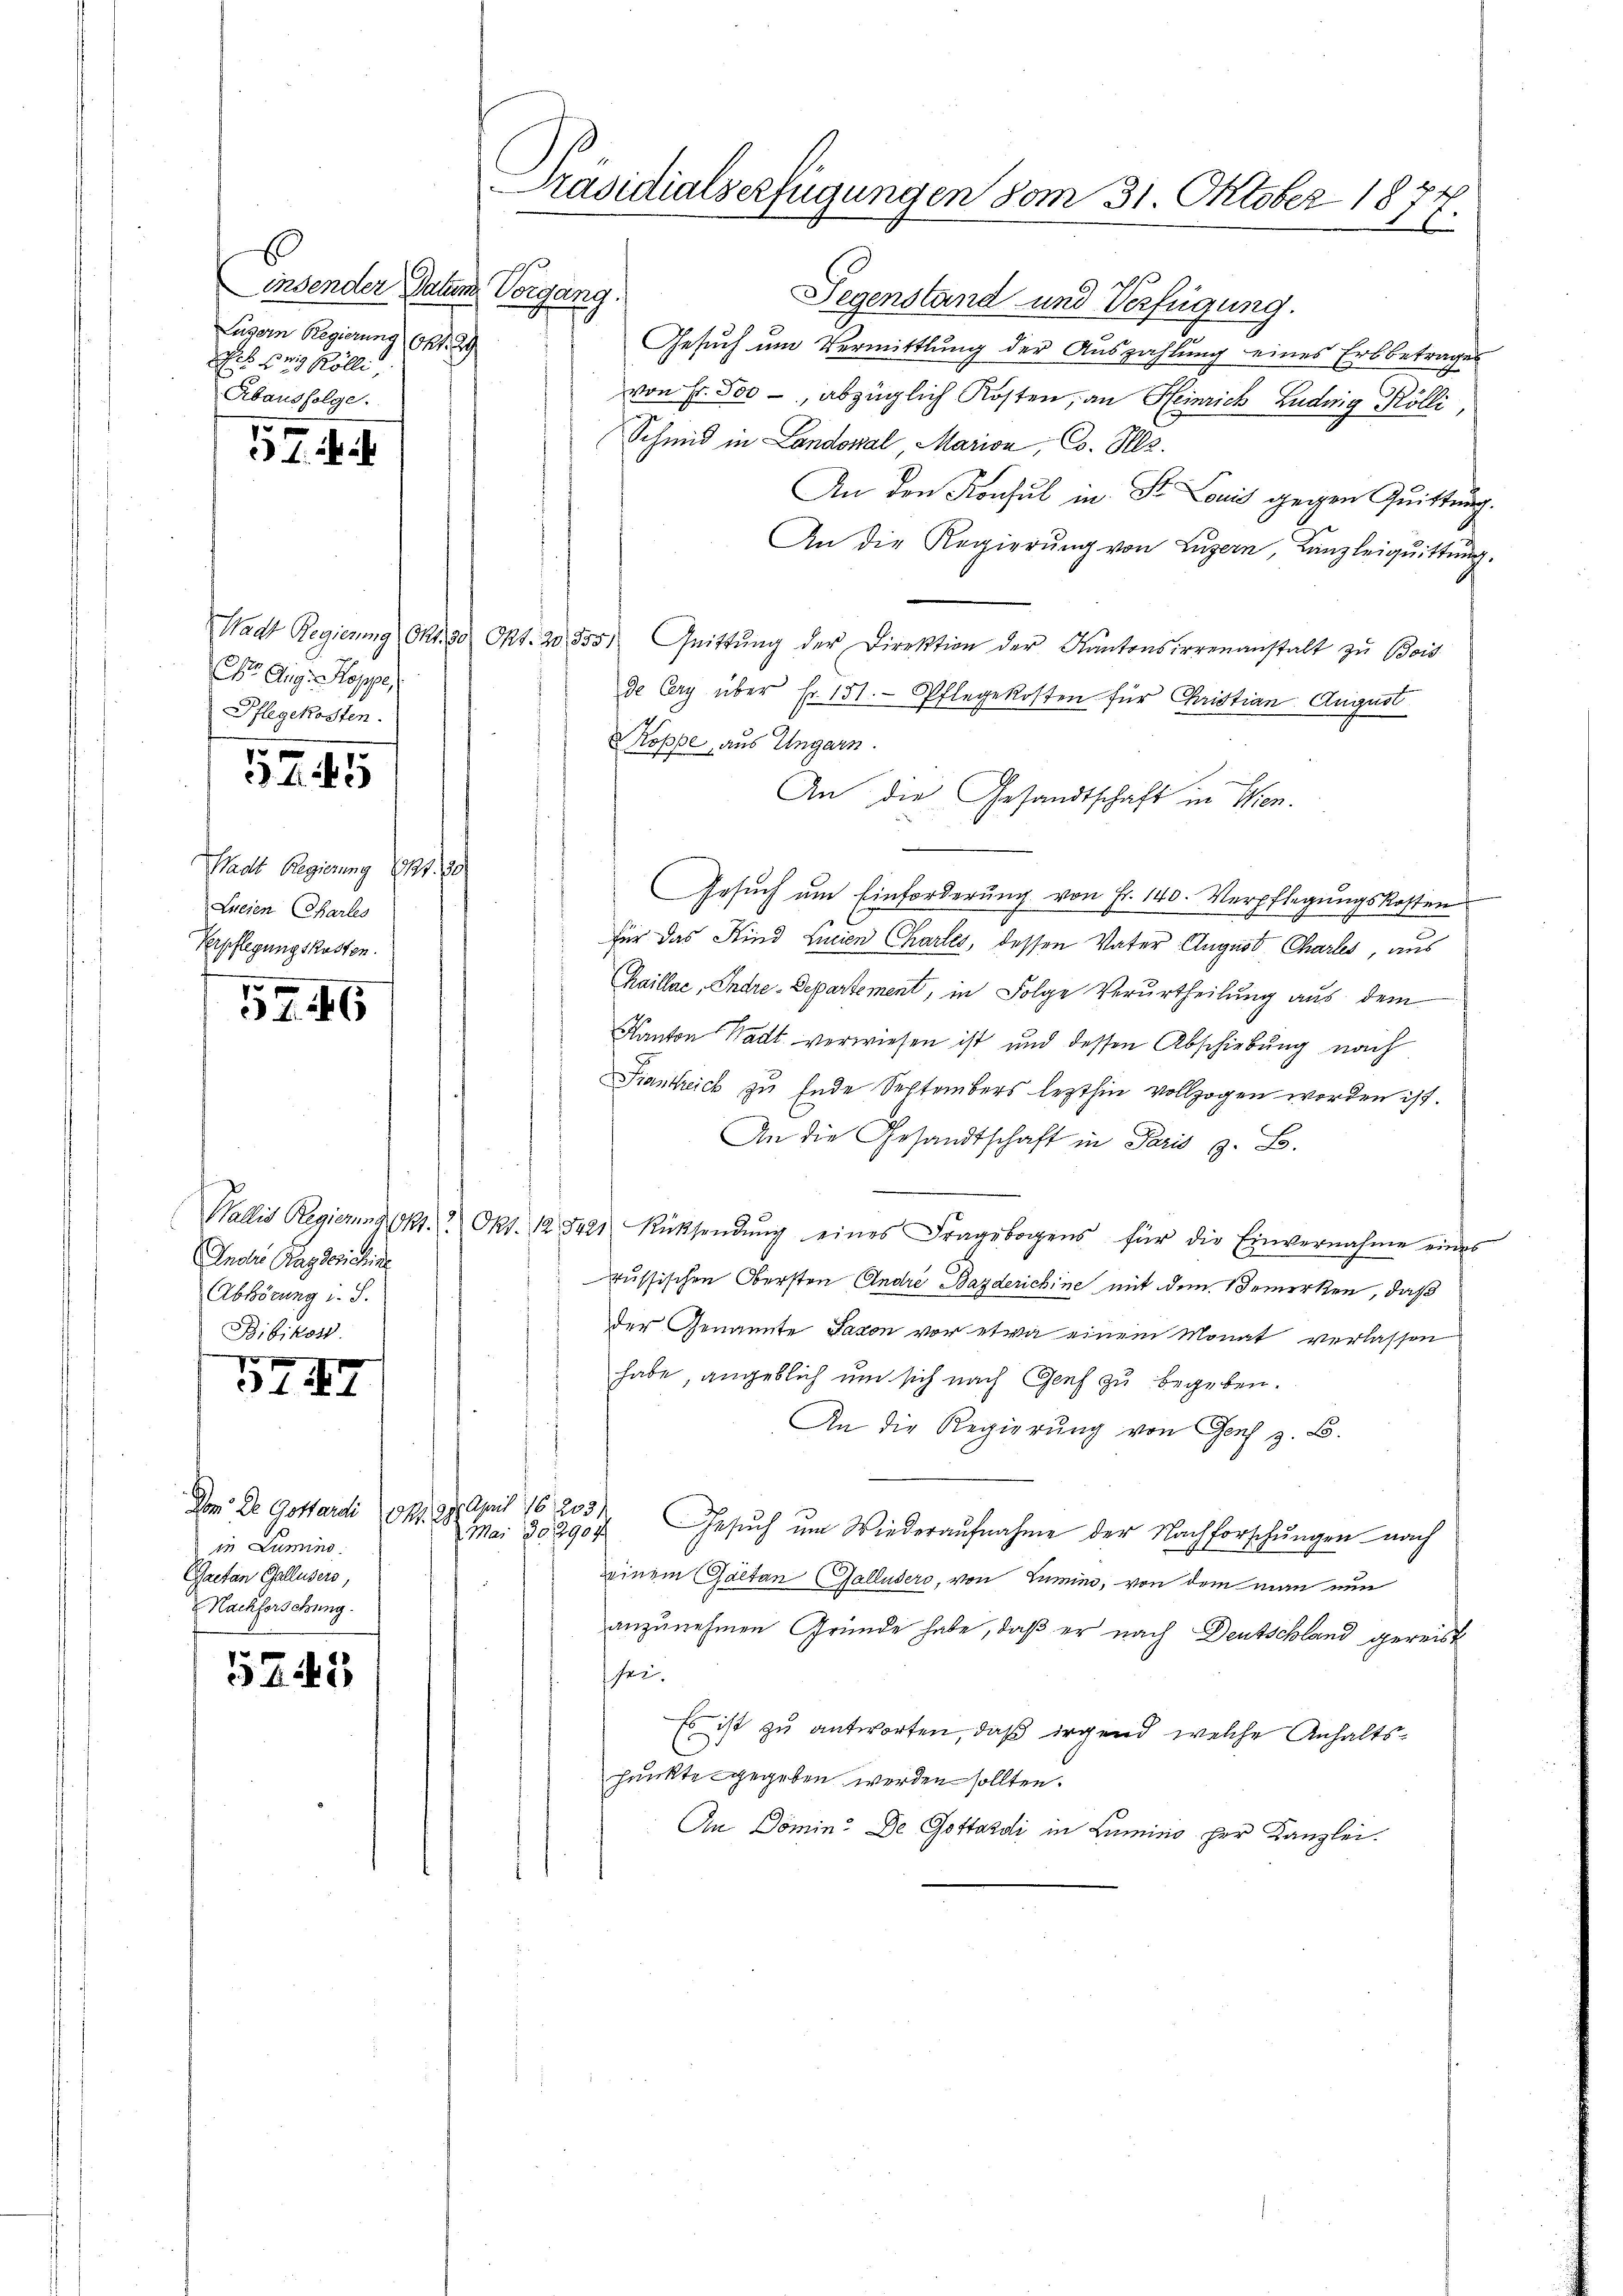
E
insender Datum Vorgang.
Luzern Regierung Okt. 2
ches Bey Kölli,
Abausfolge.

157.

Chr. Aig. Rappe
Pflegekosten.
Wadt Regierung 191. 30
Lneien Charles
Verpflegungskosten.

1744

5246

Wallis Regierung (11.
Andere Prag derichine
Abhörung i. S.
Bibikon.
e

5147

Dem Dr. Gottardi Okt. 2.
in Lumins.
Gaetan Gallusers,
Nachforschung.

5245

Präsidialserfügungen vom 31. Oktober 1874
6

Gegenstand und Verfügung.
Gesuch um Vermittlung der Auszahlung eines Erbbetrages
von Fr. 500 -, abzüglich Kosten, an Heinrich Ludwig Kölli,
Schmid in Landonal, Marion, Co. Ill.
An den Konsul in St. Louis gegen Quittung.
An die Regierung von Luzern, Kanzleiquittung.
Wadt Regierung Okt. 30 Okt. 20. 555. Quittŭng der Direktion der Kantonsirrenanstalt zŭ Bois
de Cery über Fr. 151. Pflegekosten für Christian August
Koppe, aus Ungarn.
An die Gesandtschaft in Wien.
Gesuch am Einforderung von Fr. 140. Verpflegungskosten
für das Kind Linien Chartes, dessen Vater August Charles, aus
Chaillae, Chare-Departement, in Folge Verurtheilung aus dem
Kanton Stadt verwiesen ist und dessen Abschiebung nach
Fiantreich zu Ende Septembers lezthin vollzogen worden ist.
An die Gesandtschaft in Paris z. B.
Okt. 12. 8421
Rücksendŭng eines Fragebogens für die Einvernahme eines
russischen Obersten André Bazderichine mit dem Bemerken, daß
der Genannte Jacon vor etwa einem Monat verlassen
habe, angeblich um sich nach Genf zu begeben.
An die Regierung von Genf z. B.
April 16/203/
Mar 302907
Gesuch um Wiederaufnahme der Nachforschungen nach
einem Gaetan Galluders, von Lumin, von dem man nun
anzunehmen Gründe habe, daß er nach Deutschland gereist
sei
Es ist zu antworten, daß irgend welche Anhaltspunkte gegeben werden sollten.
An Domin: De Gottardi in Lumino per Kanzlei.